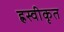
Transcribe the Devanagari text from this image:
ह्रस्वीकृत